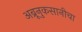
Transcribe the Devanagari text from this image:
अब्रूनुकसानीचा